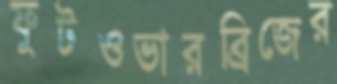
ফুটওভারব্রিজের